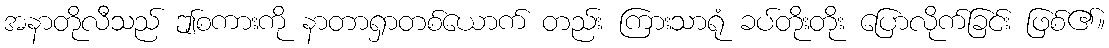
အနာတိုလီသည် ဤစကားကို နာတာရှာတစ်ယောက် တည်း ကြားသာရုံ ခပ်တိုးတိုး ပြောလိုက်ခြင်း ဖြစ်၏။